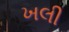
ખલી